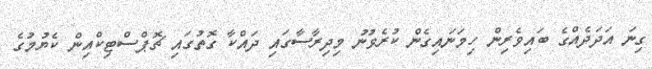
ގިނަ އަދަދެއްގެ ބައިވެރިން ހިމަނައިގެން ކުރެވުނު މިދިރާސާގައި ދައްކާ ގޮތުގައި ޗޮޕްސްޓިކްއިން ކެޔުމުގެ